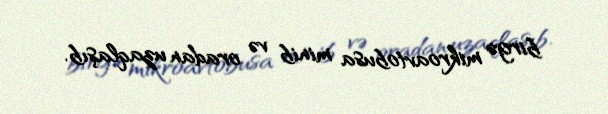
birgə mikroavtobusa minib və oradan uzaqlaşıb.